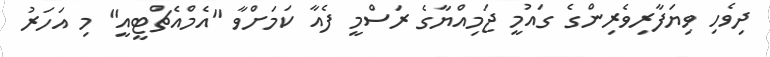
ދިވެހި ވިޔަފާރިވެރިންގެ ގައުމީ ޖަމިއްޔާގެ ރަސްމީ ފެއާ ކަމަށްވާ "އެމްއެޗްޓީއީ" މި އަހަރު